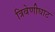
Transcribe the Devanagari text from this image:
त्रिवेणीघाट